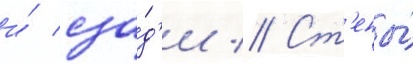
и́ сза́д'и // Ст'ены́